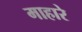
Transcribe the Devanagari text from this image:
माहारे